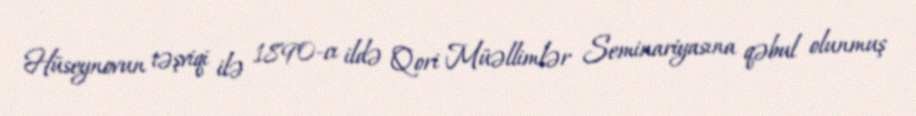
Hüseynovun təşviqi ilə 1890-cı ildə Qori Müəllimlər Seminariyasına qəbul olunmuş